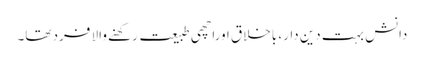
دانش بہت دین دار، باخلاق اوراچھی طبیعت رکھنے والا فرد تھا۔